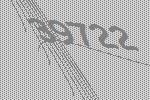
39722